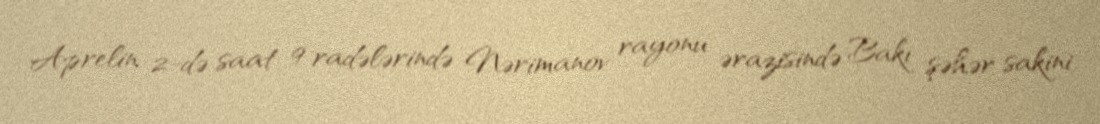
Aprelin 2-də saat 9 radələrində Nərimanov rayonu ərazisində Bakı şəhər sakini